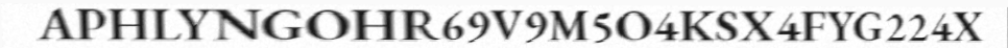
APHLYNGOHR69V9M5O4KSX4FYG224X